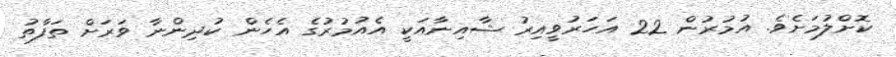
ކޮށްލުމަށެވެ. އުމުރުން 22 އަހަރުވީއިރު ޝާއިނާއަކީ އެއުމުރުގެ އެހެން ކުދިންނާ ވަރަށް ތަފާތު